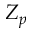
Z _ { p }